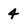
Character: 4